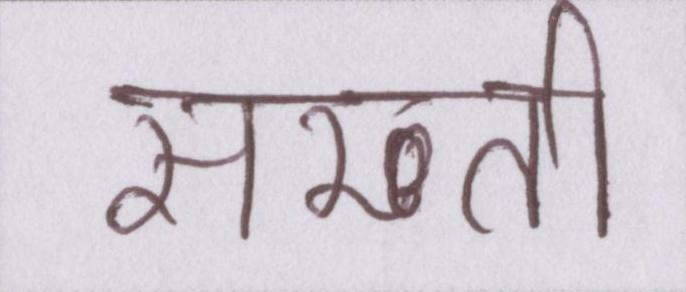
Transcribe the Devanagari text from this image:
सख्ती